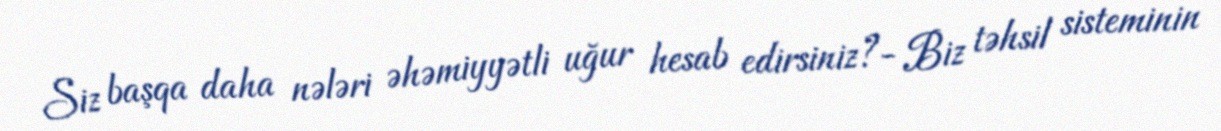
Siz başqa daha nələri əhəmiyyətli uğur hesab edirsiniz?- Biz təhsil sisteminin